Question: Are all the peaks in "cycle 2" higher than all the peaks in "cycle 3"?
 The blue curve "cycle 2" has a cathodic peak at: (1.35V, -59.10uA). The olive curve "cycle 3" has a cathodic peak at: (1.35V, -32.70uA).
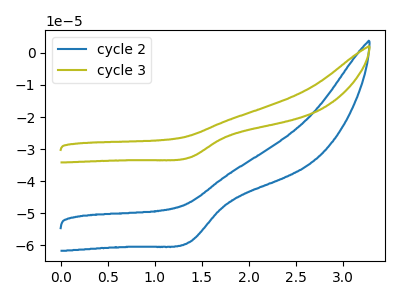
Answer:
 <answer>Every peak in "cycle 2" is higher than every peak in "cycle 3".</answer>
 <eval>higher</eval>